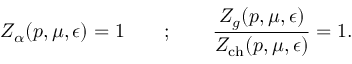
Z _ { \alpha } ( p , \mu , \epsilon ) = 1 \qquad ; \qquad \frac { Z _ { g } ( p , \mu , \epsilon ) } { Z _ { \mathrm { c h } } ( p , \mu , \epsilon ) } = 1 .